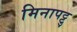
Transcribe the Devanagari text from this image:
मिनापट्टु